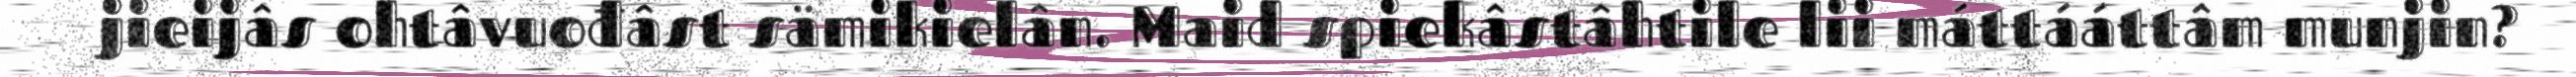
jieijâs ohtâvuođâst sämikielân. Maid spiekâstâhtile lii máttááttâm munjin?